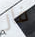
فاز